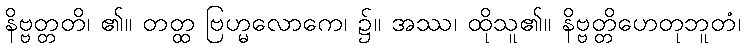
နိဗ္ဗတ္တတိ၊ ၏။ တတ္ထ ဗြဟ္မလောကေ၊ ၌။ အဿ၊ ထိုသူ၏။ နိဗ္ဗတ္တိဟေတုဘူတံ၊